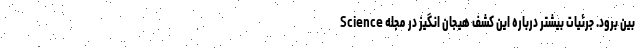
بین برود. جرئیات بیشتر درباره این کشف هیجان انگیز در مجله Science